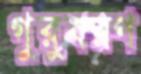
গুরুবরণ